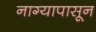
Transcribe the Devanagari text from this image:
नाग्यापासून